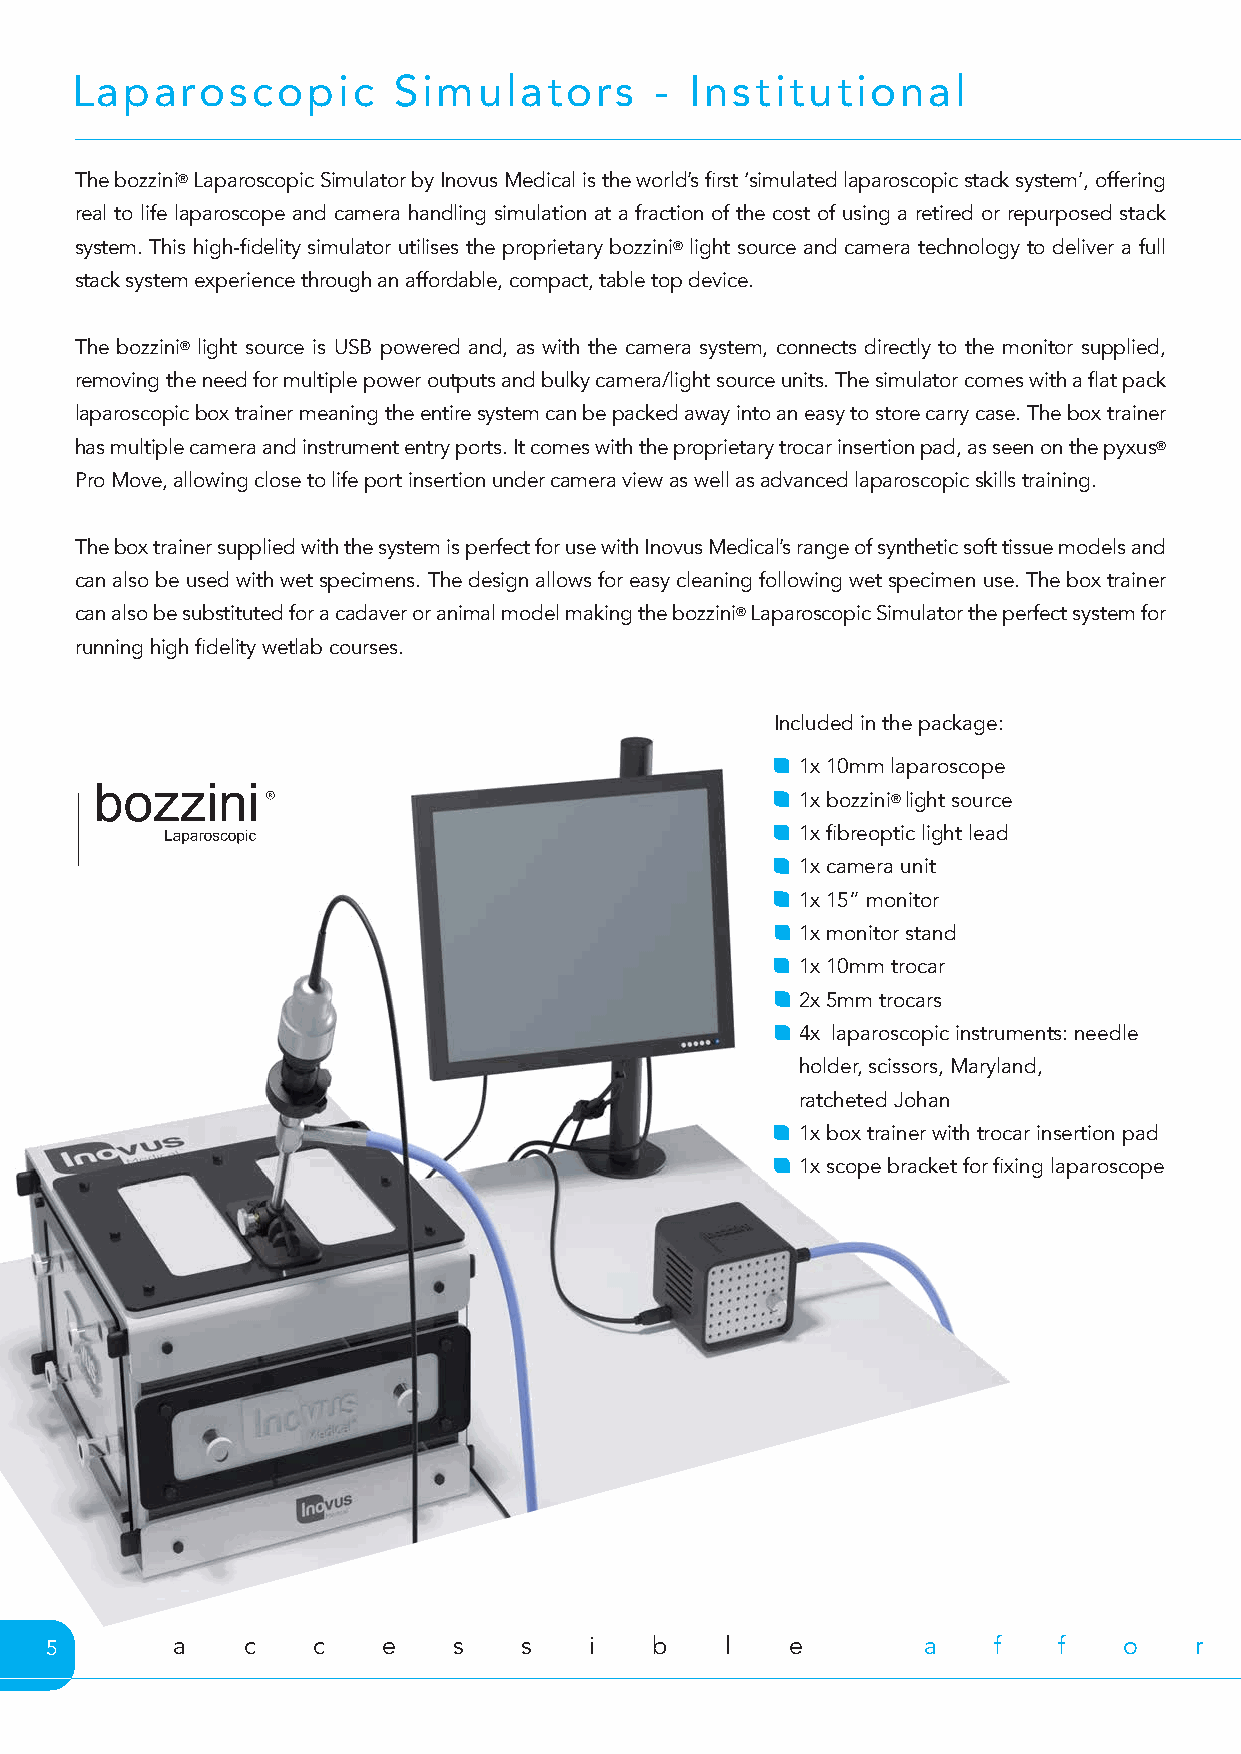
Laparoscopic         Simulators       -  Institutional
 The bozzini® Laparoscopic Simulator by Inovus Medical is the world’s first ‘simulated laparoscopic stack system’, offering
 real to life laparoscope and camera handling simulation at a fraction of the cost of using a retired or repurposed stack
 system. This high-fidelity simulator utilises the proprietary bozzini® light source and camera technology to deliver a full
 stack system experience through an affordable, compact, table top device.
 The bozzini® light source is USB powered and, as with the camera system, connects directly to the monitor supplied,
 removing the need for multiple power outputs and bulky camera/light source units. The simulator comes with a flat pack
 laparoscopic box trainer meaning the entire system can be packed away into an easy to store carry case. The box trainer
 has multiple camera and instrument entry ports. It comes with the proprietary trocar insertion pad, as seen on the pyxus®
 Pro Move, allowing close to life port insertion under camera view as well as advanced laparoscopic skills training.
 The box trainer supplied with the system is perfect for use with Inovus Medical’s range of synthetic soft tissue models and
 can also be used with wet specimens. The design allows for easy cleaning following wet specimen use. The box trainer
 can also be substituted for a cadaver or animal model making the bozzini® Laparoscopic Simulator the perfect system for
 running high fidelity wetlab courses.
 Included in the package:
 1x 10mm laparoscope
 1x bozzini® light source
 1x fibreoptic light lead
 1x camera unit
 1x 15” monitor
 1x monitor stand
 1x 10mm trocar
 2x 5mm trocars
 4x laparoscopic instruments: needle
 holder, scissors, Maryland,
 ratcheted Johan
 1x box trainer with trocar insertion pad
 1x scope bracket for fixing laparoscope
 5       a    c    c   e    s    s   i   b    l   e        a    f   f   o    r   d    a    b    l   e        f   u    n    c   t   i    o   n    a    l